Annual report of the Punjab Veterinary College and of the Civil Veterinary Department, Punjab - 1920-1925
Year: 1920
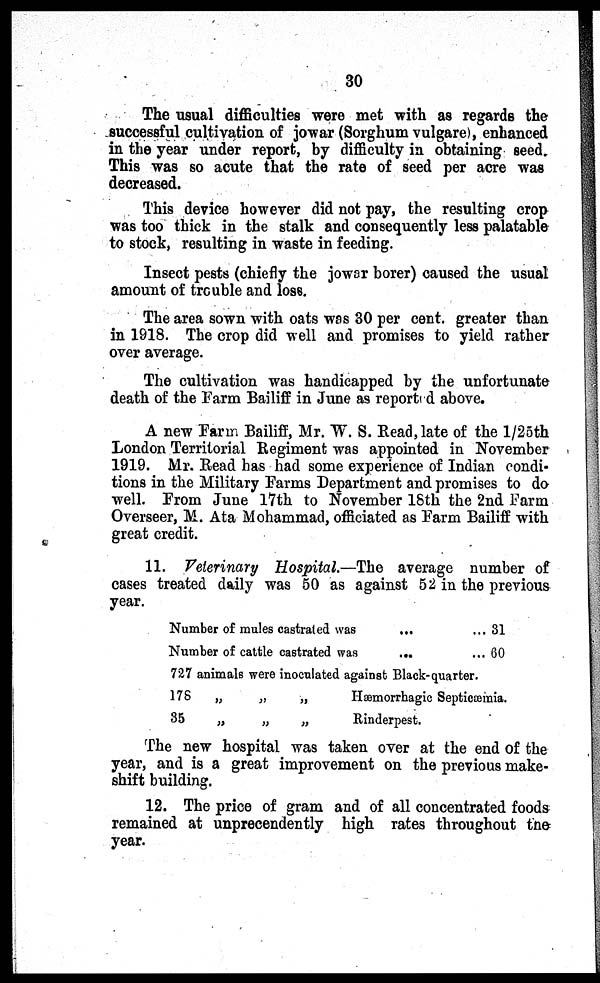
30
The usual difficulties were met with as regards the
successful cultivation of jowar (Sorghum vulgare), enhanced
in the year under report, by difficulty in obtaining seed.
This was so acute that the rate of seed per acre was
decreased.
This device however did not pay, the resulting crop
was too thick in the stalk and consequently less palatable
to stock, resulting in waste in feeding.
Insect pests (chiefly the jowar borer) caused the usual
amount of trouble and loss.
The area sown with oats was 30 per cent. greater than
in 1918. The crop did well and promises to yield rather
over average.
The cultivation was handicapped by the unfortunate
death of the Farm Bailiff in June as report d above.
A new Farm Bailiff, Mr. W. S. Read, late of the 1/25th
London Territorial Regiment was appointed in November
1919. Mr. Read has had some experience of Indian condi-
tions in the Military Farms Department and promises to do
well. From June 17th to November 18th the 2nd Farm
Overseer, M. Ata Mohammad, officiated as Farm Bailiff with
great credit.
11. Veterinary Hospital.—The average number of
cases treated daily was 50 as against 52 in the previous
year.
Number of mules castrated was ...
Number of cattle castrated was
...
... 31
... 60
727 animals were inoculated against Black-quarter.
178
„
„
„
Hæmorrhagic Septicæmia.
35
„
„
„
Rinderpest.
The new hospital was taken over at the end of the
year, and is a great improvement on the previous make-
shift building.
12. The price of gram and of all concentrated foods
remained at unprecendently high rates throughout the
year.